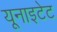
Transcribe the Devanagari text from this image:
यूनाइटेट